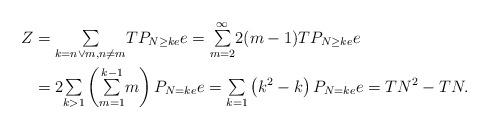
LaTeX: \begin{align*}Z & ={\textstyle\sum\limits_{k=n\vee m,n\neq m}}TP_{N\geq ke}e={\textstyle\sum\limits_{m=2}^{\infty}}2(m-1)TP_{N\geq ke}e\\& =2{\textstyle\sum\limits_{k>1}}\left({\textstyle\sum\limits_{m=1}^{k-1}}m\right) P_{N=ke}e={\textstyle\sum\limits_{k=1}}\left( k^{2}-k\right) P_{N=ke}e=TN^{2}-TN.\end{align*}